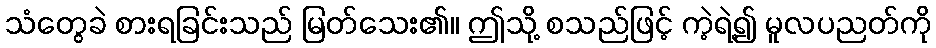
သံတွေခဲ စားရခြင်းသည် မြတ်သေး၏။ ဤသို့ စသည်ဖြင့် ကဲ့ရဲ့၍ မူလပညတ်ကို